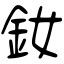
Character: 釹